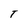
Character: t